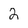
Character: 2